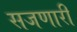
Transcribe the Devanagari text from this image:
सजणारी